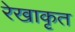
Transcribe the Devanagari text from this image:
रेखाकृत